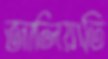
জালিয়াতি